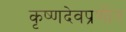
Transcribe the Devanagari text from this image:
कृष्णदेवप्रणीत